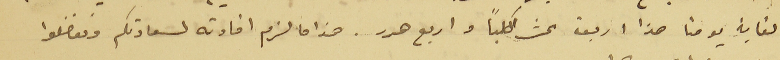
لغاية يومنا هذا اربعة عشر كلباً واربع هرر. هذا ما لزم افادته لسعادتكم وتقضلوا